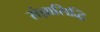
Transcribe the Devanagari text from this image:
संज्ञासिद्धिं